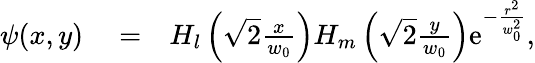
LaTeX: \begin{array}{rlr}{\psi(x,y)}&{{}=}&{H_{l}\left(\sqrt{2}\frac{x}{w_{0}}\right)H_{m}\left(\sqrt{2}\frac{y}{w_{0}}\right)\mathrm{e}^{-\frac{r^{2}}{w_{0}^{2}}},}\end{array}